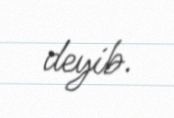
deyib.